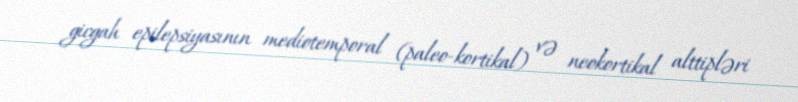
gicgah epilepsiyasının mediotemporal (paleo-kortikal) və neokortikal alttipləri